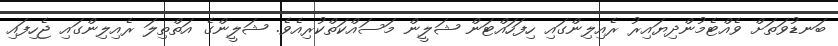
ބަނޑުވަތަށް ވެއްޓެމުންދިޔައިރު ރެއިލިންގައި ހިފަހައްޓަން ޝަލީން މަސައްކަތްކުރިއެވެ. ޝަލީންގެ އަތްތިލަ ރެއިލިންގައި ޖެހިފައި